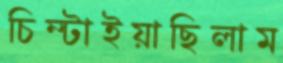
চিম্‌টাইয়াছিলাম